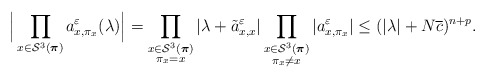
\begin{align*} \Big|\prod_{x\in\mathcal{S}^3(\boldsymbol{\pi})}a^\varepsilon_{x,\pi_x}(\lambda)\Big| &= \prod_{\substack{x\in\mathcal{S}^3(\boldsymbol{\pi})\\\pi_x=x}}|\lambda+\tilde{a}^\varepsilon_{x,x}| \prod_{\substack{x\in\mathcal{S}^3(\boldsymbol{\pi})\\\pi_x\neq x}}| a^\varepsilon_{x,\pi_x}| \leq (|\lambda|+ N\overline{c})^{n+p}.\end{align*}